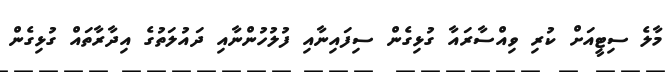
މާލެ ސިޓީއަށް ކުރި ވިއްސާރައާ ގުޅިގެން ސިފައިނާއި ފުލުހުންނާއި ދައުލަތުގެ އިދާރާތައް ގުޅިގެން